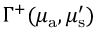
\Gamma ^ { + } ( \mu _ { { \mathrm a } } , \mu _ { \mathrm { s } } ^ { \prime } )